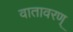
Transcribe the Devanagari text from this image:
वातावरण्